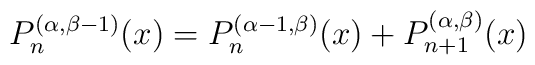
P_n^{(\alpha ,\beta -1)}(x)=P_n^{(\alpha -1,\beta)}(x)+P_{n+1}^{(\alpha ,\beta )}(x)